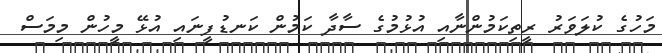
މަހުގެ ކުލަވަރު ރީތިކަމުންނާއި އުޅުމުގެ ސާދާ ކަމުން ކަނޑުފީނައި އުޅޭ މީހުން މިމަސް